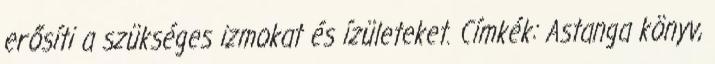
erősíti a szükséges izmokat és ízületeket. Címkék: Astanga könyv,